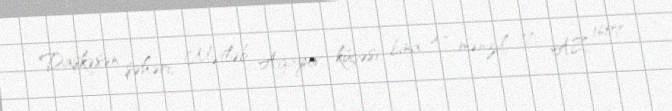
Daşkəsən şəhəri, Mətləb Ağayev küçəsi, bina 47, mənzil 17, AZ 1607